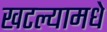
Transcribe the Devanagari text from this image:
खटल्यामधे